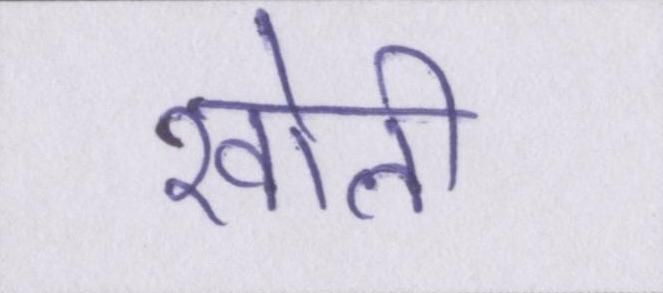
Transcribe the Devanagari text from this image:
खोली